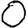
Digit: 0